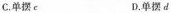
C.单摆c D.单摆d